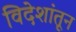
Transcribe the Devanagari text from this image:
विदेशांतून